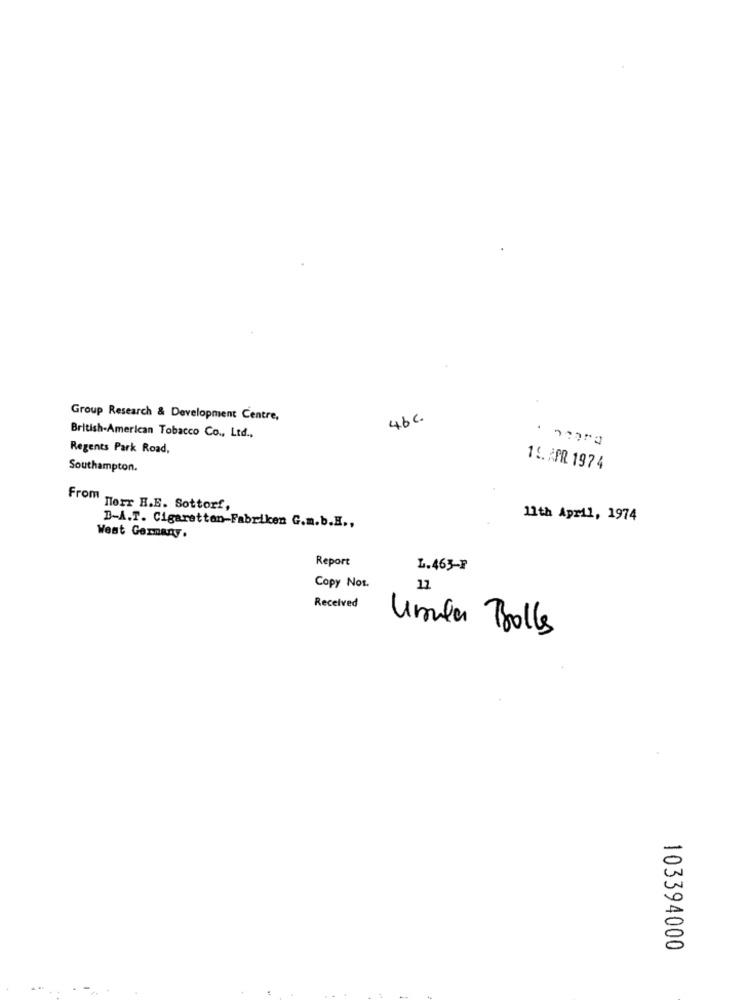
Group Research & Development Centre,
46c
British-American Tobacco Co ., Ltd .,
Regents Park Road,
Southampton.
15. APR 1974
From Herr H.E. Sottorf,
11th April, 1974
B-A.T. Cigarettan-Fabriken G.m.b.E .,
West Germany.
Report
L.463-F
Copy Not.
12
Received
Unula Bolles
-
C
103394000